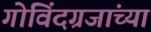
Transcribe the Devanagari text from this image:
गोविंदग्रजांच्या